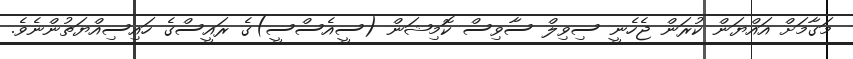
މަގާމަށް އައްޔަން ކުރަން ޖެހެނީ ސިވިލް ސާވިސް ކޮމިޝަން (ސީއެސްސީ)ގެ ރައީސްގެ ހައިސިއްޔަތުންނެވެ.